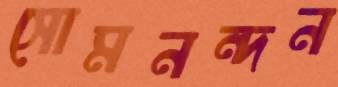
সোমনন্দন